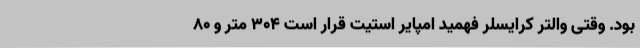
بود. وقتی والتر کرایسلر فهمید امپایر استیت قرار است ۳۰۴ متر و ۸۰